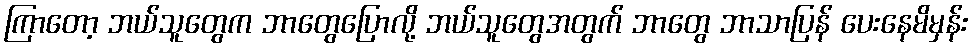
ကြာတော့ ဘယ်သူတွေက ဘာတွေပြောလို့ ဘယ်သူတွေအတွက် ဘာတွေ ဘာသာပြန် ပေးနေမိမှန်း